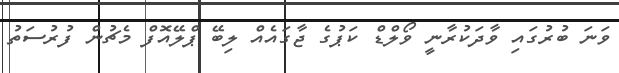
ވަނަ ބުރުގައި ވާދަކުރާނީ ވޯލްޑް ކަޕުގެ ޖާގައެއް ލިބޭ ޕްލޭއޮފް މެޗުން ފުރުސަތު